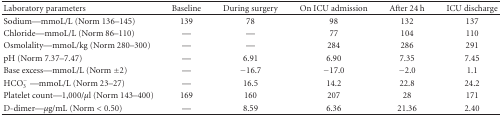
| Laboratory parameters | Baseline | During surgery | On ICU admission | After 24 h | ICU discharge |
 | --- | --- | --- | --- | --- | --- |
 | Sodium—mmoL/L (Norm 136–145) | 139 | 78 | 98 | 132 | 137 |
 | Chloride—mmoL/L (Norm 86–110) | — | — | 77 | 104 | 110 |
 | Osmolality—mmoL/kg (Norm 280–300) | — | — | 284 | 286 | 291 |
 | pH (Norm 7.37–7.47) | — | 6.91 | 6.90 | 7.35 | 7.45 |
 | Base excess—mmoL/L (Norm ±2) | — | −16.7 | −17.0 | −2.0 | 1.1 |
 | HCO3−—mmoL/L (Norm 23–27) | — | 16.5 | 14.2 | 22.8 | 24.2 |
 | Platelet count—1'000/μl (Norm 143–400) | 169 | 160 | 207 | 28 | 171 |
 | D-dimer—μg/mL (Norm < 0.50) | — | 8.59 | 6.36 | 21.36 | 2.40 |